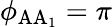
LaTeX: \phi_{\mathrm{AA_{1}}}=\pi